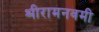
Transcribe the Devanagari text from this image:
श्रीरामनवमी